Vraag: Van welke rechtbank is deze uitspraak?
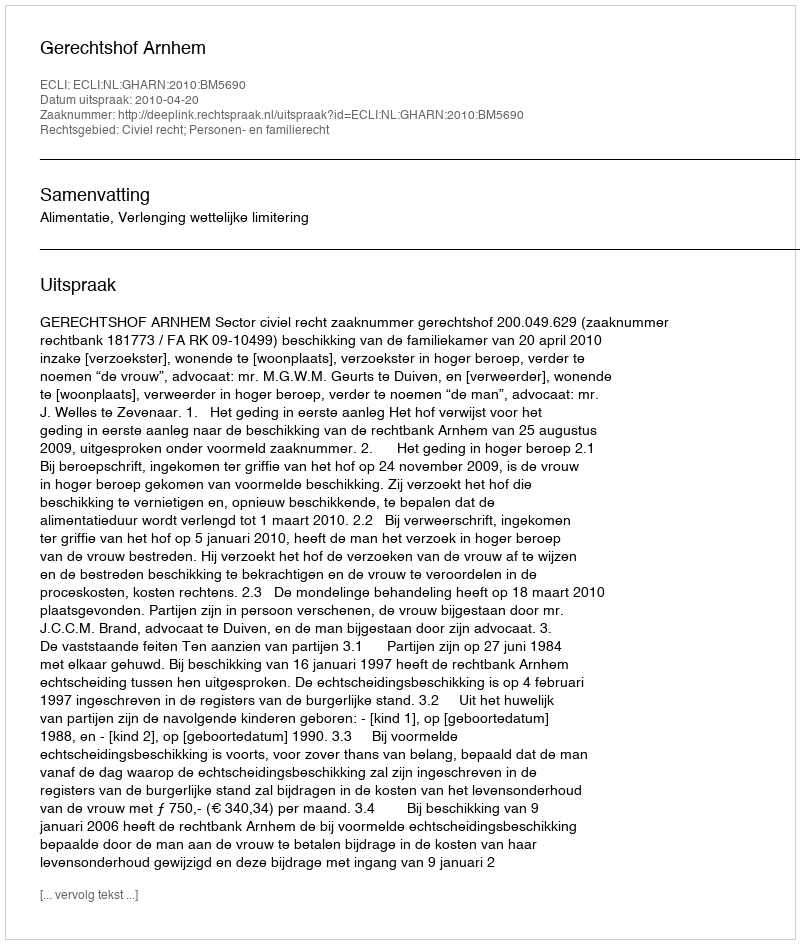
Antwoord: Gerechtshof Arnhem